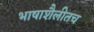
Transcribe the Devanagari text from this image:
भाषाशैलीतच